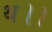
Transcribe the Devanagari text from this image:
थ।।